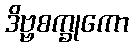
ဒိဗ္ဗစက္ခုကော